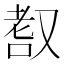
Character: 𦒺